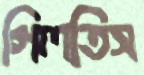
গিলতিস